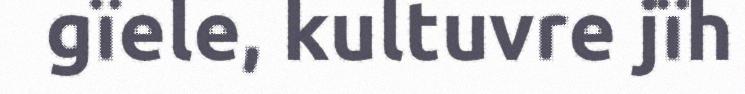
gïele, kultuvre jïh